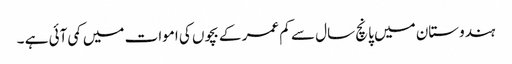
ہندوستان میں پانچ سال سے کم عمر کے بچوں کی اموات میں کمی آئی ہے ۔